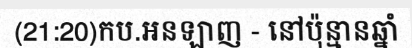
(21:20)កប.អនឡាញ - នៅប៉ុន្មានឆ្នាំ